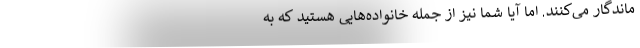
ماندگار می‌کنند. اما آیا شما نیز از جمله خانواده‌هایی هستید که به